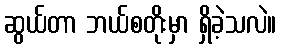
ဆွယ်တာ ဘယ်စတိုးမှာ ရှိခဲ့သလဲ။